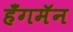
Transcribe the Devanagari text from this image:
हँगमॅन